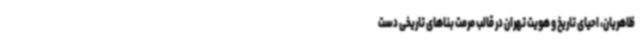
ظاهریان، احیای تاریخ و هویت تهران ‌در قالب مرمت بناهای تاریخی دست